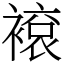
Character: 䙛